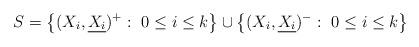
LaTeX: \begin{align*}S = \left\{ (X_i,\underline{X_i})^+ :\ 0\leq i \leq k \right\} \cup \left\{ (X_i,\underline{X_i})^-:\ 0\leq i\leq k \right\}\end{align*}